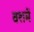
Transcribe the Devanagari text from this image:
वशमें